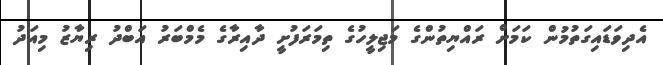
އެދިވަޑައިގަތުމުން ކަމަށް ރައްޔިތުންގެ މަޖިލީހުގެ ތިމަރަފުށީ ދާއިރާގެ މެމްބަރު އަބްދު ރިޔާޒު މިއަދު